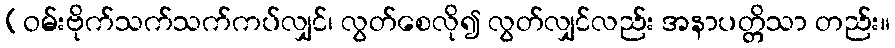
(ဝမ်းဗိုက်သက်သက်ကပ်လျှင်၊ လွတ်စေလို၍ လွတ်လျှင်လည်း အနာပတ္တိသာ တည်း။